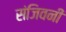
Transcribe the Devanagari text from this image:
संजिवनी